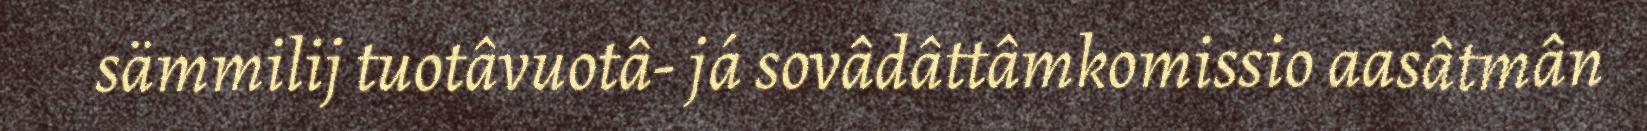
sämmilij tuotâvuotâ- já sovâdâttâmkomissio aasâtmân